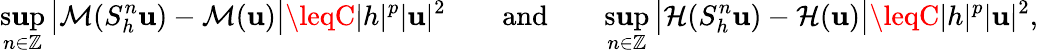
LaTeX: \operatorname*{s\mathbf{u}p}_{n\in\mathbb{{Z}}}\, \big|\mathcal{{M}}(S_{h}^{n}\mathbf{u})-\mathcal{{M}}(\mathbf{u})\big|\leqC|h|^{p}|\mathbf{u}|^{2}\qquad\mathrm{{and}}\qquad\operatorname*{s\mathbf{u}p}_{n\in\mathbb{{Z}}}\, \big|\mathcal{{H}}(S_{h}^{n}\mathbf{u})-\mathcal{{H}}(\mathbf{u})\big|\leqC|h|^{p}|\mathbf{u}|^{2},